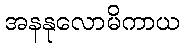
အနနုလောမိကာယ